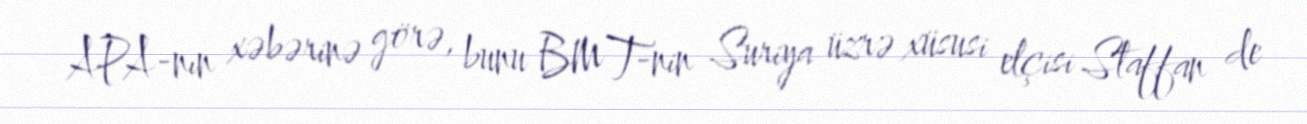
APA-nın xəbərinə görə, bunu BMT-nin Suriya üzrə xüsusi elçisi Staffan de